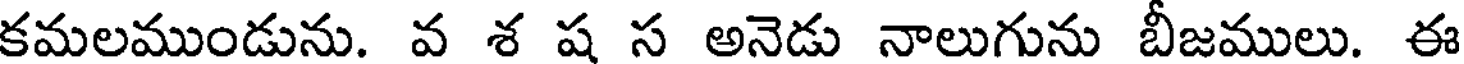
కమలముండును. వ శ ష స అనెడు నాలుగును బీజములు. ఈ